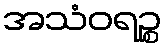
အသံဝရဉ္စ